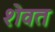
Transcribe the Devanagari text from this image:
शेवत